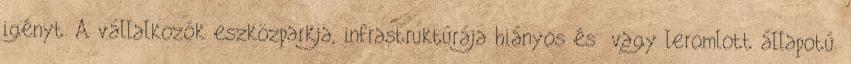
igényt. A vállalkozók eszközparkja, infrastruktúrája hiányos és vagy leromlott állapotú.